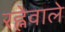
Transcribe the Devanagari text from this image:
रह्नेवाले